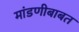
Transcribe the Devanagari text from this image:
मांडणीबाबत